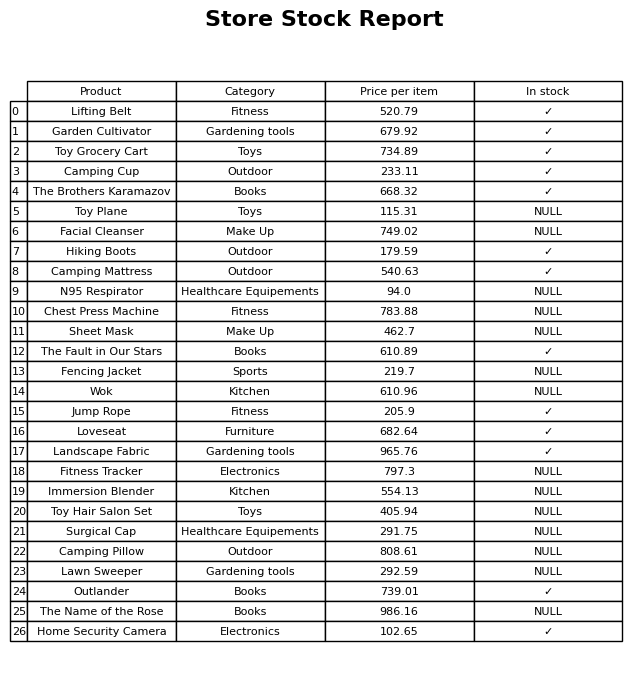
question: What is the price of the Camping Cup?
answer: The price of Camping Cup is 233.11.